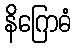
နိဂြောဓံ